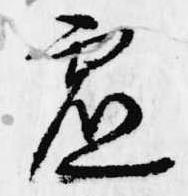
虚